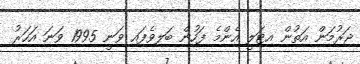
ޖަރުމަން އަތުން އިޓަލީ އެންމެ ފަހުން ބަލިވެފައި ވަނީ 1995 ވަނަ އަހަރު